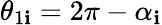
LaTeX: \theta_{1\mathbf{i}}=2\pi-\alpha_{\mathbf{i}}